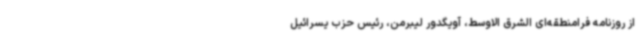
از روزنامه فرامنطقه‌ای الشرق الاوسط، آویگدور لیبرمن، رئیس حزب یسرائیل